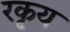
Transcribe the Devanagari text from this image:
रकृय